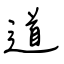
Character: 道